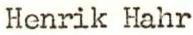
Henrik Hahr